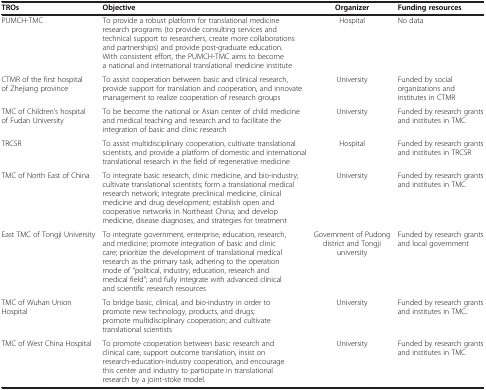
<table><thead><tr><td><b>TROs</b></td><td><b>Objective</b></td><td><b>Organizer</b></td><td><b>Funding resources</b></td></tr></thead><tbody><tr><td>PUMCH-TMC</td><td>To provide a robust platform for translational medicine research programs (to provide consulting services and technical support to researchers, create more collaborations and partnerships) and provide post-graduate education. With consistent effort, the PUMCH-TMC aims to become a national and international translational medicine institute</td><td>Hospital</td><td>No data</td></tr><tr><td>CTMR of the first hospital of Zhejiang province</td><td>To assist cooperation between basic and clinical research, provide support for translation and cooperation, and innovate management to realize cooperation of research groups</td><td>University</td><td>Funded by social organizations and institutes in CTMR</td></tr><tr><td>TMC of Children’s hospital of Fudan University</td><td>To be become the national or Asian center of child medicine and medical teaching and research and to facilitate the integration of basic and clinic research</td><td>University</td><td>Funded by research grants and institutes in TMC</td></tr><tr><td>TRCSR</td><td>To assist multidisciplinary cooperation, cultivate translational scientists, and provide a platform of domestic and international translational research in the field of regenerative medicine</td><td>Hospital</td><td>Funded by research grants and institutes in TRCSR</td></tr><tr><td>TMC of North East of China</td><td>To integrate basic research, clinic medicine, and bio-industry; cultivate translational scientists; form a translational medical research network; integrate preclinical medicine, clinical medicine and drug development; establish open and cooperative networks in Northeast China; and develop medicine, disease diagnoses, and strategies for treatment</td><td>University</td><td>Funded by research grants and institutes in TMC</td></tr><tr><td>East TMC of Tongji University</td><td>To integrate government, enterprise, education, research, and medicine; promote integration of basic and clinic care; prioritize the development of translational medical research as the primary task, adhering to the operation mode of “political, industry, education, research and medical field”; and fully integrate with advanced clinical and scientific research resources</td><td>Government of Pudong district and Tongji university</td><td>Funded by research grants and local government</td></tr><tr><td>TMC of Wuhan Union Hospital</td><td>To bridge basic, clinical, and bio-industry in order to promote new technology, products, and drugs; promote multidisciplinary cooperation; and cultivate translational scientists</td><td>University</td><td>Funded by research grants and institutes in TMC.</td></tr><tr><td>TMC of West China Hospital</td><td>To promote cooperation between basic research and clinical care, support outcome translation, insist on research-education-industry cooperation, and encourage this center and industry to participate in translational research by a joint-stoke model.</td><td>University</td><td>Funded by research grants and institutes in TMC</td></tr></tbody></table>